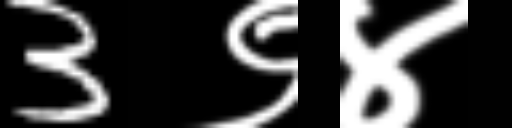
Text: 3९४